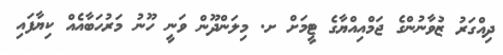
ދިއްގަރު ޒުވާނުންގެ ޖަމްއިއްޔާގެ ޓީމަށް ށ. މިލަންދޫން ވަނީ ހޫނު މަރުހަބާއެއް ކިޔާފައި